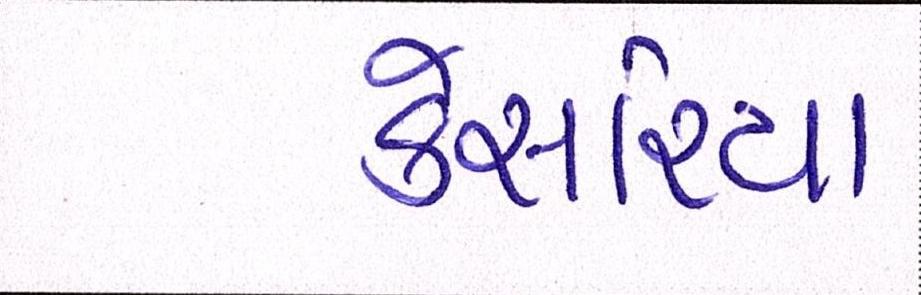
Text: કેસરિયા